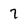
Character: 7